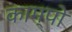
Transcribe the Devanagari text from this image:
काम्पो